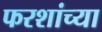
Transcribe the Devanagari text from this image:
फरशांच्या